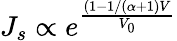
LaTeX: J_{s}\propto e^{\frac{(1-1/(\alpha+1)V}{V_{0}}}